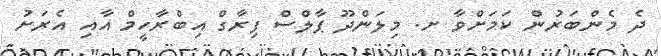
ދެ މެންބަރުން ކަމަށްވާ ށ. މިލަންދޫ ޕާލްސް ފިރާގް އިބްރާހީމް އާއި އެރަށު